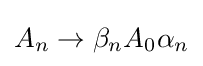
A_{n}\to \beta _{n}A_{0}\alpha _{n}